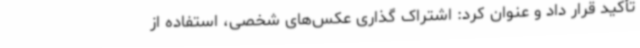
تأکید قرار داد و عنوان کرد: اشتراک گذاری عکس‌های شخصی، استفاده از